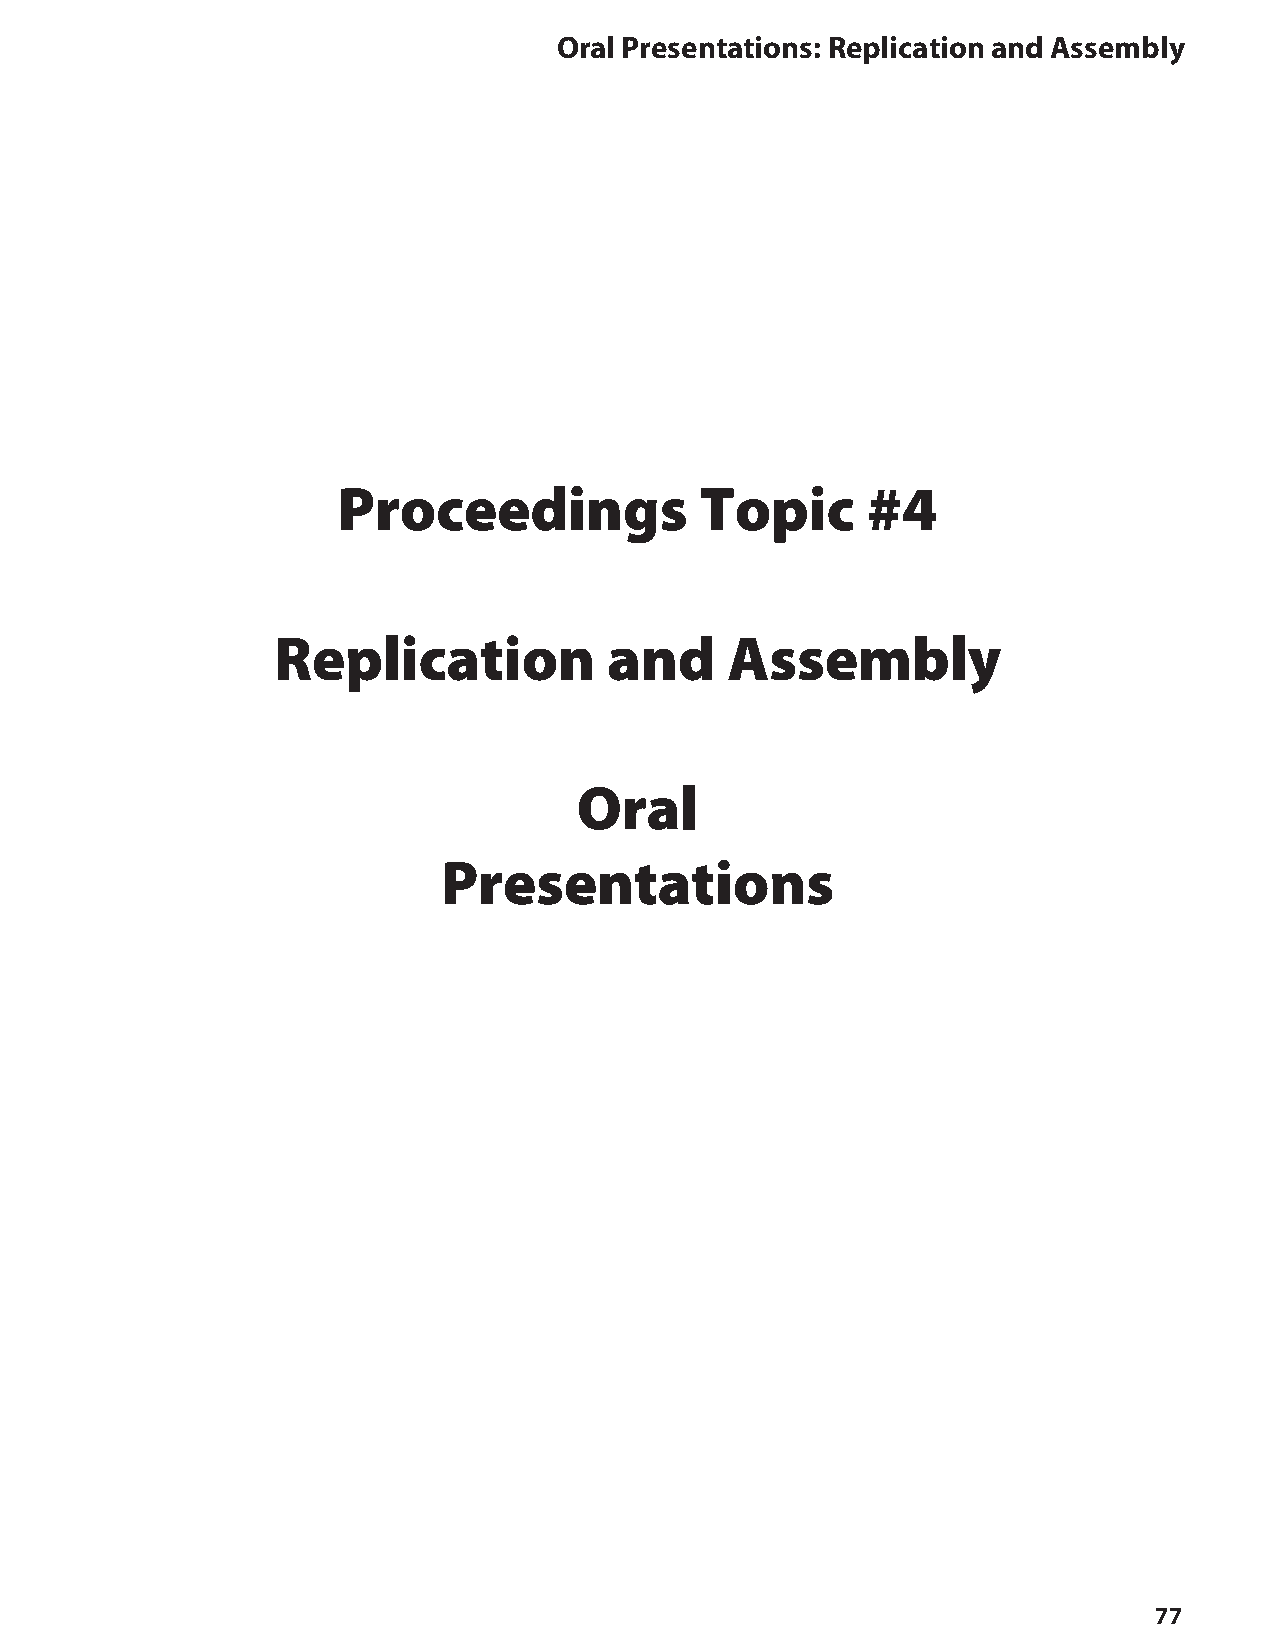
oral Presentations: Replication and Assembly
 Proceedings             Topic      #4
 Replication           and     Assembly
 Oral
 Presentations
 77